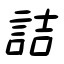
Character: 詰